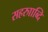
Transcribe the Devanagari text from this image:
सहरुााब्दि